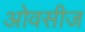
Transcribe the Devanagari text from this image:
ओवसीज